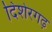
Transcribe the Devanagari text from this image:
दिशेरगढ़